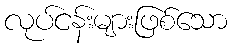
လုပ်ငန်းများဖြစ်သော